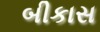
બીકાસ